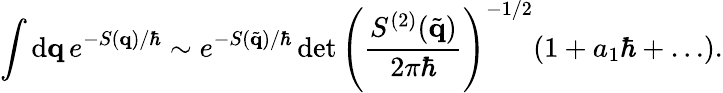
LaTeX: \int\mathrm{d}\mathbf{q}\, e^{-S(\mathbf{q})/\hbar}\sim e^{-S(\tilde{\mathbf{q}})/\hbar}\operatorname*{det}\left(\frac{S^{(2)}(\tilde{\mathbf{q}})}{2\pi\hbar}\right)^{-1/2}(1+a_{1}\hbar+\dots).